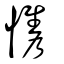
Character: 懏